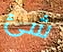
شئ